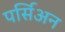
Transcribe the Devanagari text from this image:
पर्सिअन